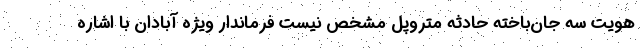
هویت سه جان‌باخته حادثه متروپل مشخص نیست فرماندار ویژه آبادان با اشاره